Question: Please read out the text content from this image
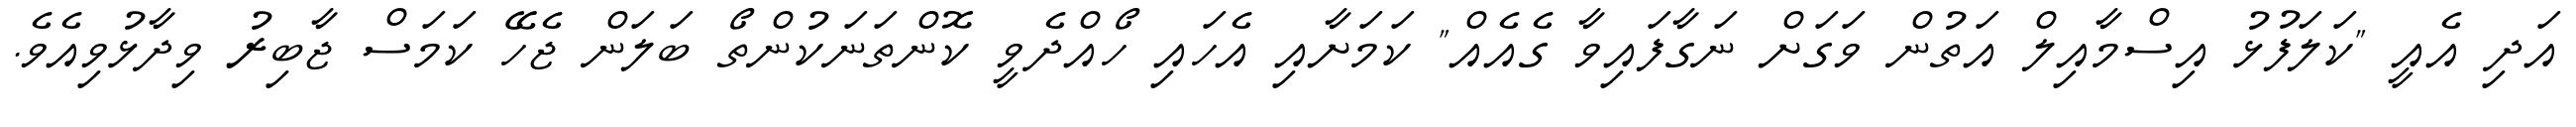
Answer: އަދި އެއީ "ކަލަފުޅު އިސްމާއިލް އަތުން ވަގަށް ނަގާފައިވާ ގެއެއް" ކަމަށާއި އެހައި ހޯއްދެވީ ކޮންތަނަކުންތޯ ބަލަން ޖެހޭ ކަމަސް ޖާބިރު ވިދާޅުވިއެވެ.